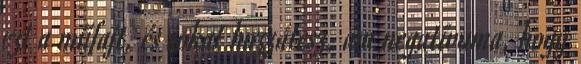
ezt a műfajt, és sokat hozzátesz, ám negatívuma, hogy